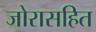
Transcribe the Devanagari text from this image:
जोरासहित